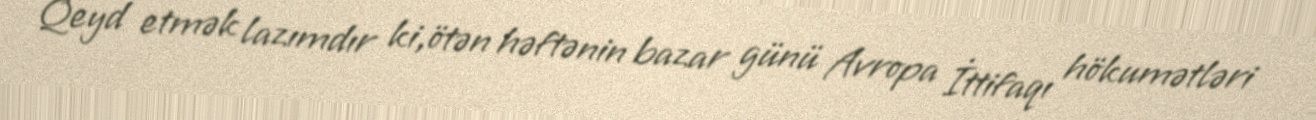
Qeyd etmək lazımdır ki,ötən həftənin bazar günü Avropa İttifaqı hökumətləri